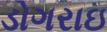
ડોગરાઇ